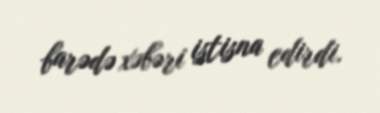
barədə xəbəri istisna edirdi.